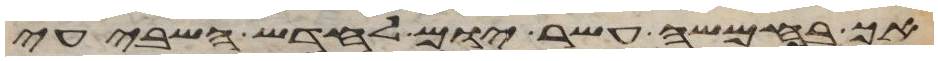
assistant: אך בחמשה עשר יום לחדש השביעי